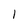
Character: l